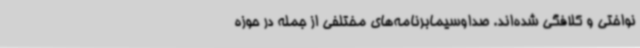
نواختی و کلافگی شده‌اند. صداوسیمابرنامه‌های مختلفی از جمله در حوزه